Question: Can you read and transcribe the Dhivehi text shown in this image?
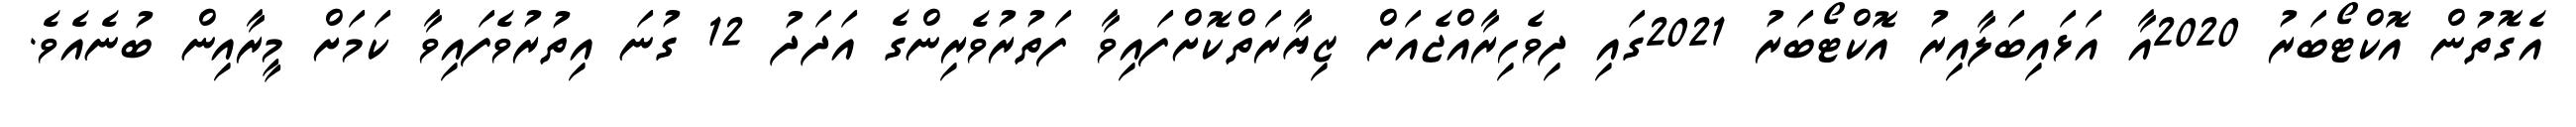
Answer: އެގޮތުން އޮކްޓޯބަރު 2020އާ އަޅައިބަލާއިރު އޮކްޓޯބަރު 2021ގައި ދިވެހިރާއްޖެއަށް ޒިޔާރަތްކޮށްފައިވާ ފަތުރުވެރިންގެ އަދަދު 12 ގުނަ އިތުރުވެފައިވާ ކަމަށް މީރާއިން ބުނެއެވެ.